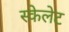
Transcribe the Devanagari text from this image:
स्केलेट